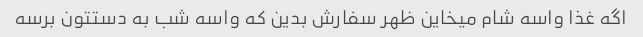
اگه غذا واسه شام میخاین ظهر سفارش بدین که واسه شب به دستتون برسه